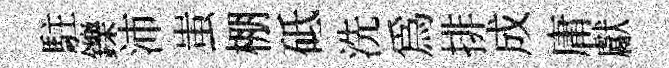
駐鑠沛蚩棚砥洗為排成庸獻